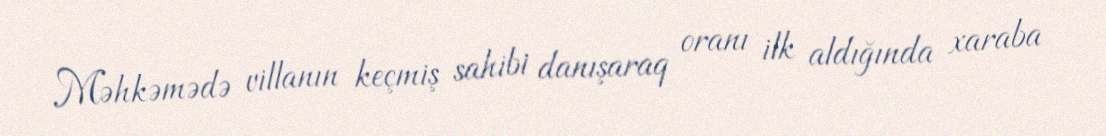
Məhkəmədə villanın keçmiş sahibi danışaraq oranı ilk aldığında xaraba